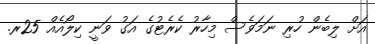
އަށް ލިބެން ހުރި ނަމަވެސް މިހާރު ކެރެޓުގެ އަގު ވަނީ ކިލޯއެއް 25ރ.